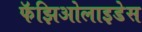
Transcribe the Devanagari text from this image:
फॅझिओलाइडेस